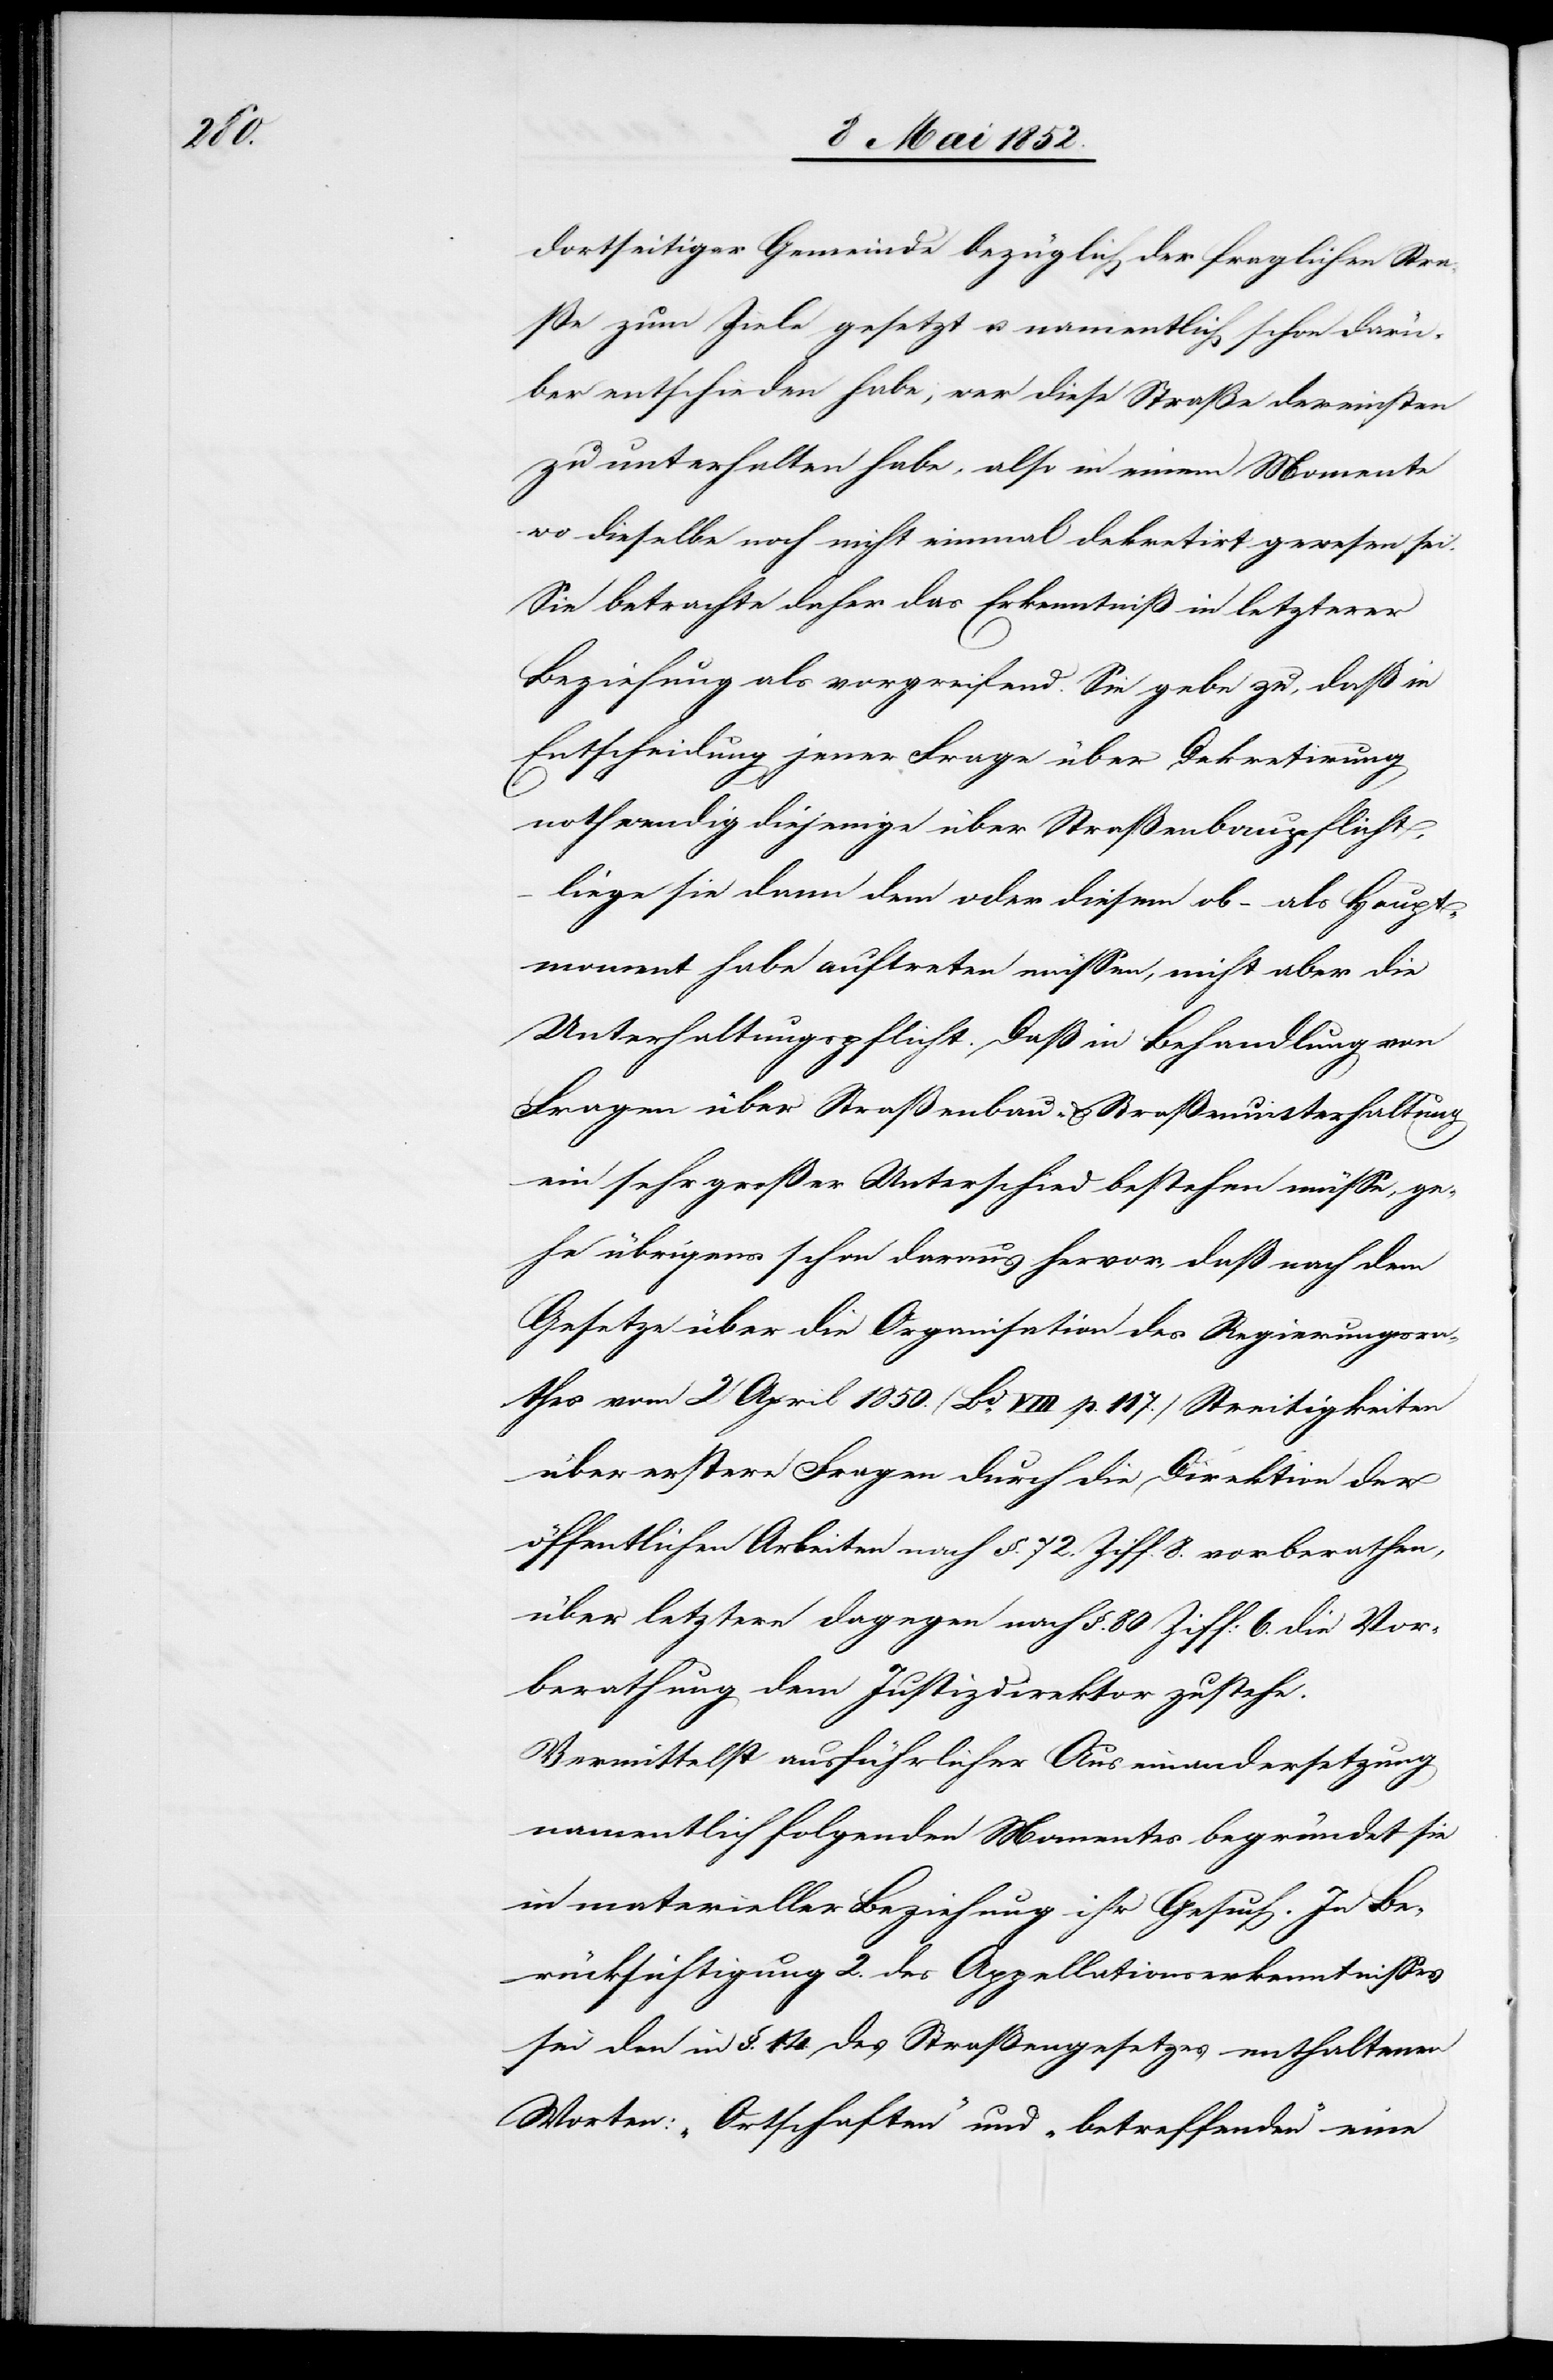
dortseitiger Gemeinde bezüglich der fraglichen Stra¬
ße zum Ziele gesetzt u. namentlich schon darü¬
ber entschieden habe, wer diese Straße dereinsten
zu unterhalten habe, also in einem Momente
wo dieselbe noch nicht einmal dekretirt gewesen sei.
Sie betrachte daher das Erkenntniß in letzterer
Beziehung als vorgreifend. Sie gebe zu, daß in
Entscheidung jener Frage über Dekretirung
nothwendig diejenige über Straßenbaupflicht,
liege sie dann dem oder diesem ob – als Haupt¬
moment habe auftreten müssen, nicht aber die
Unterhaltungspflicht. Daß in Behandlung von
Fragen über Straßenbau- & Straßenunterhaltung
ein sehr großer Unterschied bestehen müsse, ge¬
he übrigens schon daraus hervor, daß nach dem
Gesetze über die Organisation des Regierungsra¬
thes vom 2 April 1850. (Bd. VIII p. 117.) Streitigkeiten
über erstere Fragen durch die Direktion der
öffentlichen Arbeiten nach §. 72. Ziff: 6. die Vor¬
berathung dem Justizdirektor zustehe.
Vermittelst ausführlicher Auseinandersetzung
namentlich folgenden Momentes begründet sie
in materieller Beziehung ihr Gesuch. In Be¬
rücksichtigung 2. des Appellationserkenntnisses
sei den in §. 14. des Straßengesetzes enthaltenen
Worten: „Ortschaften“ und „betreffenden“ eine